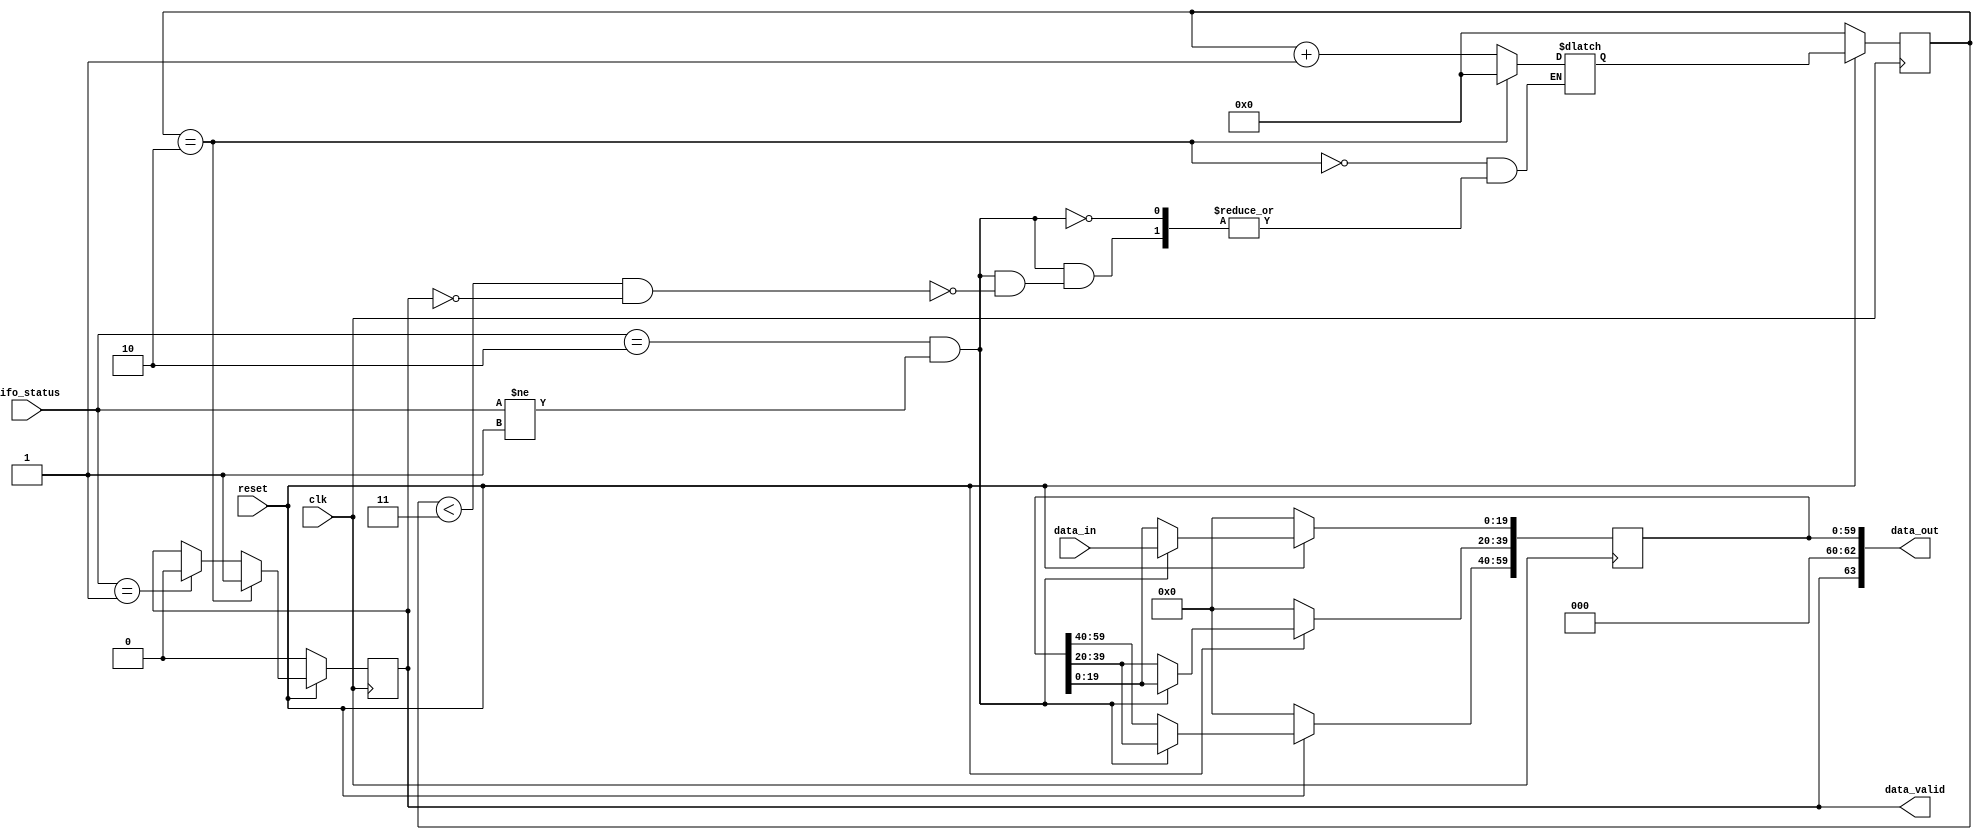
`timescale 1ns / 1ps
//////////////////////////////////////////////////////////////////////////////////
// Module Name: ram_buffer
// Project Name: CNN
// This block samples 3 elements of convoluted matrix in a single 64 bit word
// It also makes MSB = 1 to indicate a valid read from FIFO.
//////////////////////////////////////////////////////////////////////////////////


module ram_buffer(
                    clk,
                    reset,
                    fifo_status,
                    data_in,
                    data_valid,     // Use this to indicate one word is available to write
                    data_out
    );
    
// Port Direction
input clk;
input reset;
input [1:0] fifo_status;
input [19:0] data_in;
output data_valid;
output [63:0] data_out;    

// internal registers and wires
wire [19:0] w_data_in;
reg [59:0] sampling_register;

reg w_data_valid, w_data_valid_next;
reg [3:0] shift_counter, shift_counter_next;
    


assign w_data_in = data_in;
assign data_valid = w_data_valid;
///// Start sampling input data into a 64 bit word.
always@(posedge clk)
    begin
        if(!reset) begin
            shift_counter <= {4{1'b0}};
            sampling_register <= {60{1'b0}};
            w_data_valid <= 1'b0;
            end
        else begin
        if((fifo_status == 2'b10) && (fifo_status != 2'b01)) begin
        sampling_register[19:0] <= w_data_in;
        sampling_register[39:20] <= sampling_register[19:0];
        sampling_register[59:40] <= sampling_register[39:20];        
        end
        shift_counter <= shift_counter_next;  
        w_data_valid <= w_data_valid_next;   
        end
        
    end                



always@(*)
begin
    //w_data_valid = 1'b0;          // dafaults to 0
    w_data_valid_next = w_data_valid;
    
    if((fifo_status == 2'b10) && (fifo_status != 2'b01)) 
    begin
        if ((shift_counter < 3)&&(w_data_valid != 1'b1)) 
        begin
            shift_counter_next = shift_counter + 1;
        end     
    
    end
    if(shift_counter == 2) 
    begin
        shift_counter_next = 4'b0000;               // 
        w_data_valid_next = 1'b1;      // if 0 -> Data Not Valid :: 1 -> Data Valid
    end   
    else 
    begin
        if((fifo_status == 2'b01)) begin 
        w_data_valid_next = 1'b0;
        end
    end
    end  
       

// Data Out logic;
assign data_out = { w_data_valid, 3'b000 , sampling_register};

endmodule